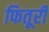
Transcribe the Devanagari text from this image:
फितूरी